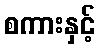
စကားနှင့်